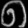
Digit: ၈